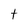
Character: t